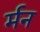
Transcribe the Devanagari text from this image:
र्मन